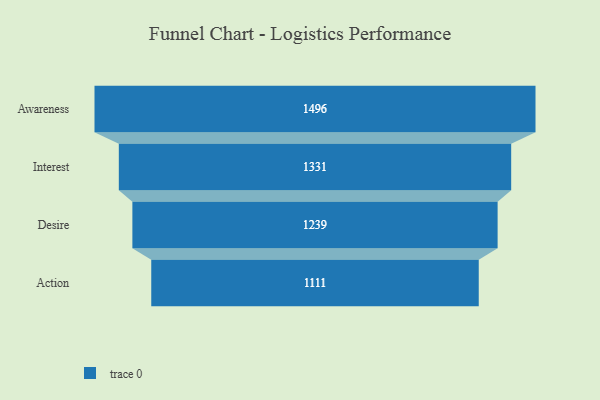
{"axis": {"x": "Stage", "y": "Value"}, "legend": [""], "data": [{"x": "Awareness", "y": 1496.0, "type": ""}, {"x": "Interest", "y": 1331.0, "type": ""}, {"x": "Desire", "y": 1239.0, "type": ""}, {"x": "Action", "y": 1111.0, "type": ""}]}